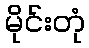
မိုင်းတုံ